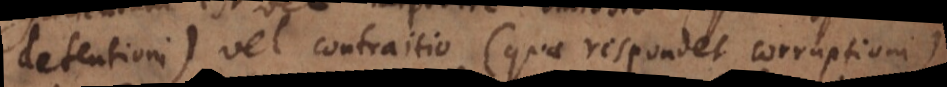
detentioni) vel contraitio (quae respondet corruptioni),